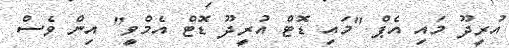
އުރީދޫ މައި އެޕް "މައި ޑޮޓް އުރީދޫ ޑޮޓް އެމްވީ" އިން ވެސް